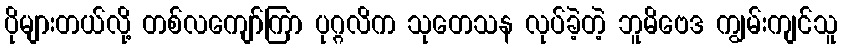
ပိုများတယ်လို့ တစ်လကျော်ကြာ ပုဂ္ဂလိက သုတေသန လုပ်ခဲ့တဲ့ ဘူမိဗေဒ ကျွမ်းကျင်သူ